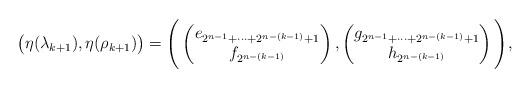
LaTeX: \begin{align*} \bigl(\eta(\lambda_{k+1}),\eta(\rho_{k+1})\bigr) =\Bigg(& \begin{pmatrix} e_{2^{n-1}+\cdots+2^{n-(k-1)}+1}\\ f_{2^{n-(k-1)}} \end{pmatrix}, \begin{pmatrix} g_{2^{n-1}+\cdots+2^{n-(k-1)}+1}\\ h_{2^{n-(k-1)}} \end{pmatrix} \Bigg), \end{align*}